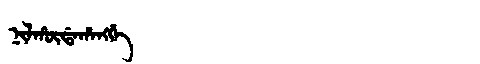
Manchu: ᠨᡳᠯᡥᡡᡩᠠᡥᠠᠩᡤᡝ
Romanization: NILHŪDAHANGGE